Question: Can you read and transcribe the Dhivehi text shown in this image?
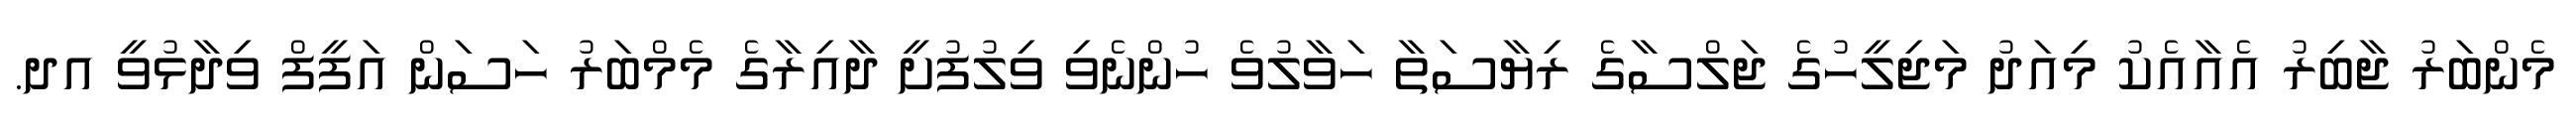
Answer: މެންބަރު ޖާބިރު އެއާއެކު މިއަދު މަޖިލީހުގެ ޖަލްސާގެ ރިޔާސަތާ ހަވާލުވެ ހުންނެވި ވިލުފުށީ ދާއިރާގެ މެމްބަރު ހަސަން އަފީފް ވިދާޅުވީ އދ.